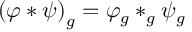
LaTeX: \left( \varphi * \psi \right) _ { g } = \varphi _ { g } * _ { g } \psi _ { g }